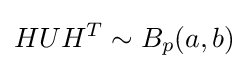
HUH^{T}\sim B_{p}(a,b)